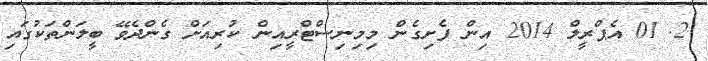
2. 01 އެޕްރީލް 2014 އިން ފެށިގެން މިމިނިސްޓްރީއިން ކުރިއަށް ގެންދެވޭ ބީލަންތަކުގައި